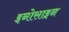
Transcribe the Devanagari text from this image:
इनोसाइन